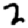
Digit: 2